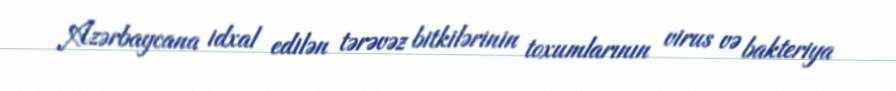
Azərbaycana idxal edilən tərəvəz bitkilərinin toxumlarının virus və bakteriya